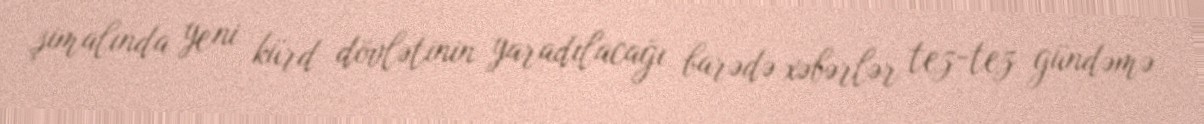
şimalında yeni kürd dövlətinin yaradılacağı barədə xəbərlər tez-tez gündəmə